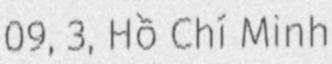
09, 3, Hồ Chí Minh